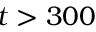
t > 3 0 0